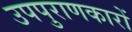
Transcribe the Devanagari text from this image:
उपपुराणकारों